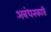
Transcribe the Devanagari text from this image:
अबंधनकारी